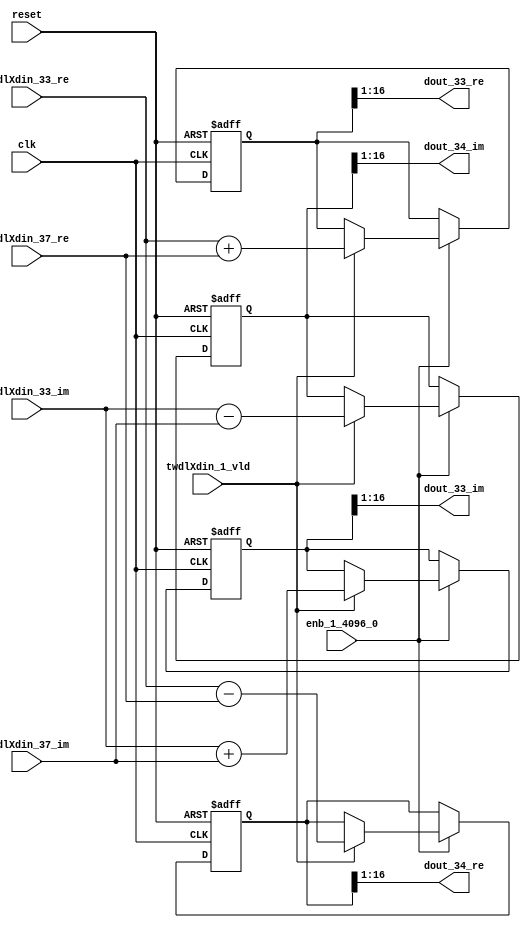
// -------------------------------------------------------------
// 
// 
// Generated by MATLAB 9.14 and HDL Coder 4.1
// 
// -------------------------------------------------------------


// -------------------------------------------------------------
// 
// Module: RADIX22FFT_SDNF1_5_block15
// Source Path: dsphdl.IFFT/RADIX22FFT_SDNF1_5
// Hierarchy Level: 4
// 
// -------------------------------------------------------------

`timescale 1 ns / 1 ns

module RADIX22FFT_SDNF1_5_block15
          (clk,
           reset,
           enb_1_4096_0,
           twdlXdin_33_re,
           twdlXdin_33_im,
           twdlXdin_37_re,
           twdlXdin_37_im,
           twdlXdin_1_vld,
           dout_33_re,
           dout_33_im,
           dout_34_re,
           dout_34_im);


  input   clk;
  input   reset;
  input   enb_1_4096_0;
  input   signed [15:0] twdlXdin_33_re;  // sfix16_En14
  input   signed [15:0] twdlXdin_33_im;  // sfix16_En14
  input   signed [15:0] twdlXdin_37_re;  // sfix16_En14
  input   signed [15:0] twdlXdin_37_im;  // sfix16_En14
  input   twdlXdin_1_vld;
  output  signed [15:0] dout_33_re;  // sfix16_En14
  output  signed [15:0] dout_33_im;  // sfix16_En14
  output  signed [15:0] dout_34_re;  // sfix16_En14
  output  signed [15:0] dout_34_im;  // sfix16_En14


  reg signed [16:0] Radix22ButterflyG1_NF_btf1_re_reg;  // sfix17
  reg signed [16:0] Radix22ButterflyG1_NF_btf1_im_reg;  // sfix17
  reg signed [16:0] Radix22ButterflyG1_NF_btf2_re_reg;  // sfix17
  reg signed [16:0] Radix22ButterflyG1_NF_btf2_im_reg;  // sfix17
  reg  Radix22ButterflyG1_NF_dinXtwdl_vld_dly1;
  reg signed [16:0] Radix22ButterflyG1_NF_btf1_re_reg_next;  // sfix17_En14
  reg signed [16:0] Radix22ButterflyG1_NF_btf1_im_reg_next;  // sfix17_En14
  reg signed [16:0] Radix22ButterflyG1_NF_btf2_re_reg_next;  // sfix17_En14
  reg signed [16:0] Radix22ButterflyG1_NF_btf2_im_reg_next;  // sfix17_En14
  reg  Radix22ButterflyG1_NF_dinXtwdl_vld_dly1_next;
  reg signed [15:0] dout_33_re_1;  // sfix16_En14
  reg signed [15:0] dout_33_im_1;  // sfix16_En14
  reg signed [15:0] dout_34_re_1;  // sfix16_En14
  reg signed [15:0] dout_34_im_1;  // sfix16_En14
  reg  dout_33_vld;
  reg signed [16:0] Radix22ButterflyG1_NF_add_cast;  // sfix17_En14
  reg signed [16:0] Radix22ButterflyG1_NF_add_cast_0;  // sfix17_En14
  reg signed [16:0] Radix22ButterflyG1_NF_sra_temp;  // sfix17_En14
  reg signed [16:0] Radix22ButterflyG1_NF_sub_cast;  // sfix17_En14
  reg signed [16:0] Radix22ButterflyG1_NF_sub_cast_0;  // sfix17_En14
  reg signed [16:0] Radix22ButterflyG1_NF_sra_temp_0;  // sfix17_En14
  reg signed [16:0] Radix22ButterflyG1_NF_add_cast_1;  // sfix17_En14
  reg signed [16:0] Radix22ButterflyG1_NF_add_cast_2;  // sfix17_En14
  reg signed [16:0] Radix22ButterflyG1_NF_sra_temp_1;  // sfix17_En14
  reg signed [16:0] Radix22ButterflyG1_NF_sub_cast_1;  // sfix17_En14
  reg signed [16:0] Radix22ButterflyG1_NF_sub_cast_2;  // sfix17_En14
  reg signed [16:0] Radix22ButterflyG1_NF_sra_temp_2;  // sfix17_En14


  // Radix22ButterflyG1_NF
  always @(posedge clk or posedge reset)
    begin : Radix22ButterflyG1_NF_process
      if (reset == 1'b1) begin
        Radix22ButterflyG1_NF_btf1_re_reg <= 17'sb00000000000000000;
        Radix22ButterflyG1_NF_btf1_im_reg <= 17'sb00000000000000000;
        Radix22ButterflyG1_NF_btf2_re_reg <= 17'sb00000000000000000;
        Radix22ButterflyG1_NF_btf2_im_reg <= 17'sb00000000000000000;
        Radix22ButterflyG1_NF_dinXtwdl_vld_dly1 <= 1'b0;
      end
      else begin
        if (enb_1_4096_0) begin
          Radix22ButterflyG1_NF_btf1_re_reg <= Radix22ButterflyG1_NF_btf1_re_reg_next;
          Radix22ButterflyG1_NF_btf1_im_reg <= Radix22ButterflyG1_NF_btf1_im_reg_next;
          Radix22ButterflyG1_NF_btf2_re_reg <= Radix22ButterflyG1_NF_btf2_re_reg_next;
          Radix22ButterflyG1_NF_btf2_im_reg <= Radix22ButterflyG1_NF_btf2_im_reg_next;
          Radix22ButterflyG1_NF_dinXtwdl_vld_dly1 <= Radix22ButterflyG1_NF_dinXtwdl_vld_dly1_next;
        end
      end
    end

  always @(Radix22ButterflyG1_NF_btf1_im_reg, Radix22ButterflyG1_NF_btf1_re_reg,
       Radix22ButterflyG1_NF_btf2_im_reg, Radix22ButterflyG1_NF_btf2_re_reg,
       Radix22ButterflyG1_NF_dinXtwdl_vld_dly1, twdlXdin_1_vld, twdlXdin_33_im,
       twdlXdin_33_re, twdlXdin_37_im, twdlXdin_37_re) begin
    Radix22ButterflyG1_NF_add_cast = 17'sb00000000000000000;
    Radix22ButterflyG1_NF_add_cast_0 = 17'sb00000000000000000;
    Radix22ButterflyG1_NF_sub_cast = 17'sb00000000000000000;
    Radix22ButterflyG1_NF_sub_cast_0 = 17'sb00000000000000000;
    Radix22ButterflyG1_NF_add_cast_1 = 17'sb00000000000000000;
    Radix22ButterflyG1_NF_add_cast_2 = 17'sb00000000000000000;
    Radix22ButterflyG1_NF_sub_cast_1 = 17'sb00000000000000000;
    Radix22ButterflyG1_NF_sub_cast_2 = 17'sb00000000000000000;
    Radix22ButterflyG1_NF_btf1_re_reg_next = Radix22ButterflyG1_NF_btf1_re_reg;
    Radix22ButterflyG1_NF_btf1_im_reg_next = Radix22ButterflyG1_NF_btf1_im_reg;
    Radix22ButterflyG1_NF_btf2_re_reg_next = Radix22ButterflyG1_NF_btf2_re_reg;
    Radix22ButterflyG1_NF_btf2_im_reg_next = Radix22ButterflyG1_NF_btf2_im_reg;
    Radix22ButterflyG1_NF_dinXtwdl_vld_dly1_next = twdlXdin_1_vld;
    if (twdlXdin_1_vld) begin
      Radix22ButterflyG1_NF_add_cast = {twdlXdin_33_re[15], twdlXdin_33_re};
      Radix22ButterflyG1_NF_add_cast_0 = {twdlXdin_37_re[15], twdlXdin_37_re};
      Radix22ButterflyG1_NF_btf1_re_reg_next = Radix22ButterflyG1_NF_add_cast + Radix22ButterflyG1_NF_add_cast_0;
      Radix22ButterflyG1_NF_sub_cast = {twdlXdin_33_re[15], twdlXdin_33_re};
      Radix22ButterflyG1_NF_sub_cast_0 = {twdlXdin_37_re[15], twdlXdin_37_re};
      Radix22ButterflyG1_NF_btf2_re_reg_next = Radix22ButterflyG1_NF_sub_cast - Radix22ButterflyG1_NF_sub_cast_0;
      Radix22ButterflyG1_NF_add_cast_1 = {twdlXdin_33_im[15], twdlXdin_33_im};
      Radix22ButterflyG1_NF_add_cast_2 = {twdlXdin_37_im[15], twdlXdin_37_im};
      Radix22ButterflyG1_NF_btf1_im_reg_next = Radix22ButterflyG1_NF_add_cast_1 + Radix22ButterflyG1_NF_add_cast_2;
      Radix22ButterflyG1_NF_sub_cast_1 = {twdlXdin_33_im[15], twdlXdin_33_im};
      Radix22ButterflyG1_NF_sub_cast_2 = {twdlXdin_37_im[15], twdlXdin_37_im};
      Radix22ButterflyG1_NF_btf2_im_reg_next = Radix22ButterflyG1_NF_sub_cast_1 - Radix22ButterflyG1_NF_sub_cast_2;
    end
    Radix22ButterflyG1_NF_sra_temp = Radix22ButterflyG1_NF_btf1_re_reg >>> 8'd1;
    dout_33_re_1 = Radix22ButterflyG1_NF_sra_temp[15:0];
    Radix22ButterflyG1_NF_sra_temp_0 = Radix22ButterflyG1_NF_btf1_im_reg >>> 8'd1;
    dout_33_im_1 = Radix22ButterflyG1_NF_sra_temp_0[15:0];
    Radix22ButterflyG1_NF_sra_temp_1 = Radix22ButterflyG1_NF_btf2_re_reg >>> 8'd1;
    dout_34_re_1 = Radix22ButterflyG1_NF_sra_temp_1[15:0];
    Radix22ButterflyG1_NF_sra_temp_2 = Radix22ButterflyG1_NF_btf2_im_reg >>> 8'd1;
    dout_34_im_1 = Radix22ButterflyG1_NF_sra_temp_2[15:0];
    dout_33_vld = Radix22ButterflyG1_NF_dinXtwdl_vld_dly1;
  end



  assign dout_33_re = dout_33_re_1;

  assign dout_33_im = dout_33_im_1;

  assign dout_34_re = dout_34_re_1;

  assign dout_34_im = dout_34_im_1;

endmodule  // RADIX22FFT_SDNF1_5_block15